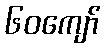
၆၀ကျော်